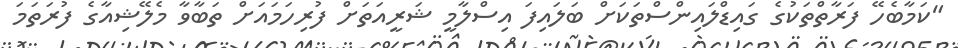
"ކަމާބެހޭ ފަރާތްތަކުގެ ގައިޑްލައިންސްތަކަށް ބަލައިފަ އިސްލާމީ ޝަރީއަތަށް ފުރިހަމައަށް ތަބާވާ މެލޭޝިއާގެ ފުރަތަމަ